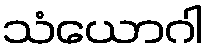
သံယောဂါ